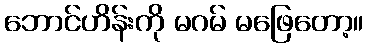
ဘောင်ဟိန်းကို မဂမ် မဖြေတော့။